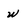
Character: w